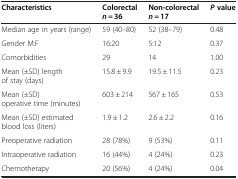
<table><thead><tr><td><b>Characteristics</b></td><td><b>Colorectal<i>n =</i> 36</b></td><td><b>Non-colorectal<i>n =</i> 17</b></td><td><b><i>P</i>value</b></td></tr></thead><tbody><tr><td>Median age in years (range)</td><td>59 (40–80)</td><td>52 (38–79)</td><td>0.48</td></tr><tr><td>Gender M:F</td><td>16:20</td><td>5:12</td><td>0.37</td></tr><tr><td>Comorbidities</td><td>29</td><td>14</td><td>1.00</td></tr><tr><td>Mean (±SD) length of stay (days)</td><td>15.8 ± 9.9</td><td>19.5 ± 11.5</td><td>0.23</td></tr><tr><td>Mean (±SD) operative time (minutes)</td><td>603 ± 214</td><td>567 ± 165</td><td>0.53</td></tr><tr><td>Mean (±SD) estimated blood loss (liters)</td><td>1.9 ± 1.2</td><td>2.6 ± 2.2</td><td>0.16</td></tr><tr><td>Preoperative radiation</td><td>28 (78%)</td><td>9 (53%)</td><td>0.11</td></tr><tr><td>Intraoperative radiation</td><td>16 (44%)</td><td>4 (24%)</td><td>0.23</td></tr><tr><td>Chemotherapy</td><td>20 (56%)</td><td>4 (24%)</td><td>0.04</td></tr></tbody></table>